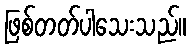
ဖြစ်တတ်ပါသေးသည်။